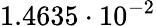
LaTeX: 1.4635\cdot 10^{-2}